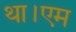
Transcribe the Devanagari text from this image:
था।एम